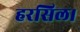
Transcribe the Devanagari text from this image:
हरसिल।